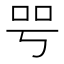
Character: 㕺